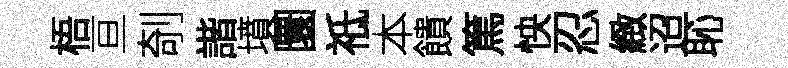
梧亘剞諧墳圜祗本饋篤怏忍緻迢恥